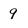
Character: 9